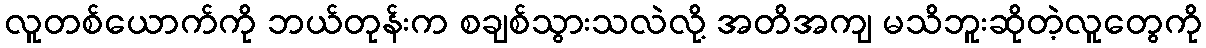
လူတစ်ယောက်ကို ဘယ်တုန်းက စချစ်သွားသလဲလို့ အတိအကျ မသိဘူးဆိုတဲ့လူတွေကို